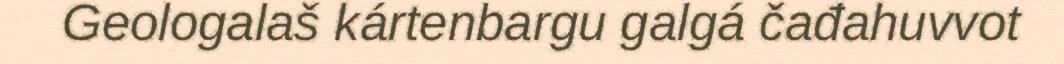
Geologalaš kártenbargu galgá čađahuvvot